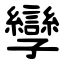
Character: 孿